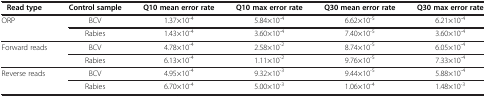
| Read type | Control sample | Q10 mean error rate | Q10 max error rate | Q30 mean error rate | Q30 max error rate |
 | --- | --- | --- | --- | --- | --- |
 | <ROWSPAN=2> ORP | BCV | 1.37×10-4 | 5.84×10-4 | 6.62×10-5 | 6.21×10-4 |
 | Rabies | 1.43×10-4 | 3.60×10-4 | 7.40×10-5 | 3.60×10-4 |
 | <ROWSPAN=2> Forward reads | BCV | 4.78×10-4 | 2.58×10-2 | 8.74×10-5 | 6.05×10-4 |
 | Rabies | 6.13×10-4 | 1.11×10-2 | 9.76×10-5 | 7.33×10-4 |
 | <ROWSPAN=2> Reverse reads | BCV | 4.95×10-4 | 9.32×10-3 | 9.44×10-5 | 5.88×10-4 |
 | Rabies | 6.70×10-4 | 5.00×10-3 | 1.06×10-4 | 1.48×10-3 |